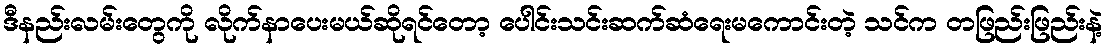
ဒီနည်းလမ်းတွေကို လိုက်နာပေးမယ်ဆိုရင်တော့ ပေါင်းသင်းဆက်ဆံရေးမကောင်းတဲ့ သင်က တဖြည်းဖြည်းနဲ့